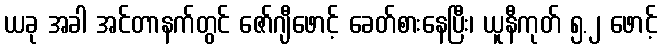
ယခု အခါ အင်တာနက်တွင် ဇော်ဂျီဖောင့် ခေတ်စားနေပြီး၊ ယူနီကုတ် ၅.၂ ဖောင့်